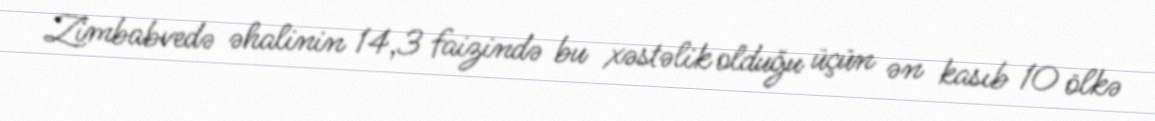
Zimbabvedə əhalinin 14,3 faizində bu xəstəlik olduğu üçün ən kasıb 10 ölkə